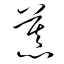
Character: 慕